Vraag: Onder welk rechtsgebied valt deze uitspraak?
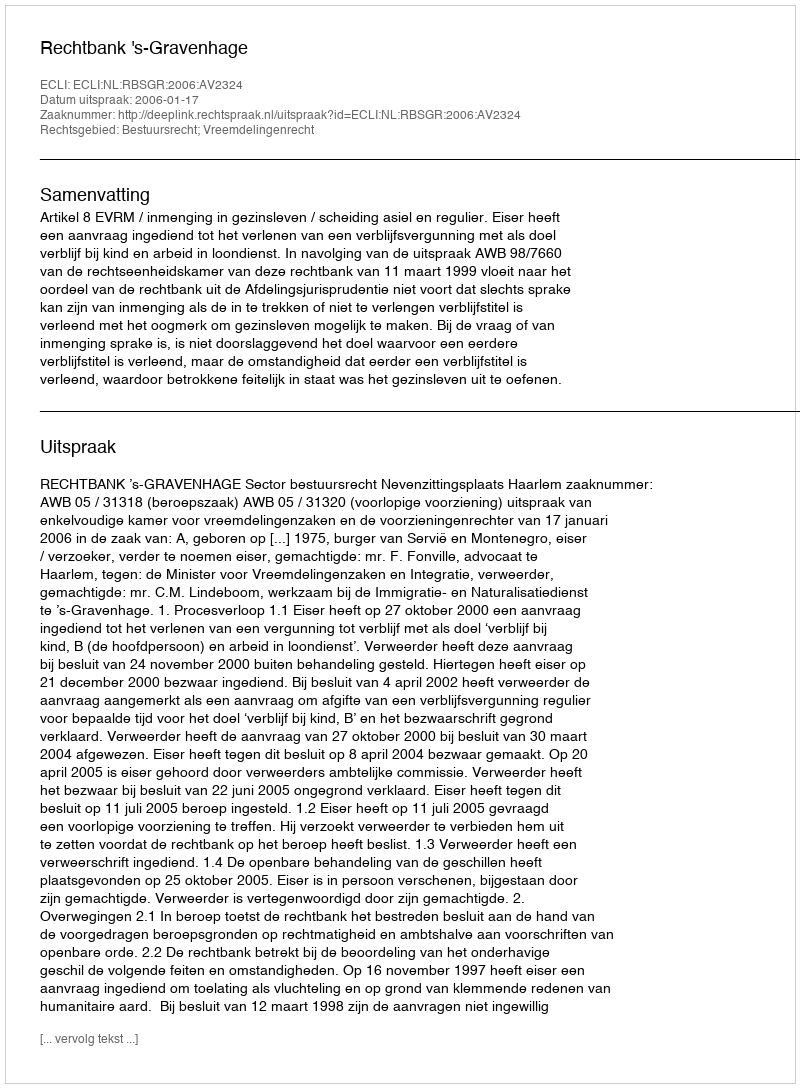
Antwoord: Bestuursrecht; Vreemdelingenrecht